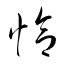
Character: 恰